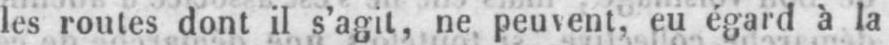
les routes dont il s’agit, ne peuvent, eu égard à la